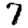
Digit: 7